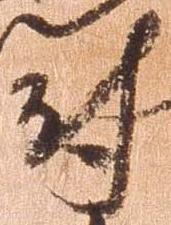
尉